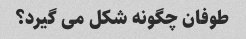
طوفان چگونه شکل می گیرد؟